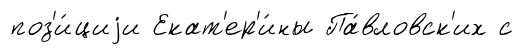
поз'и́циjи Екат'ер'и́ны Па́вловск'их с